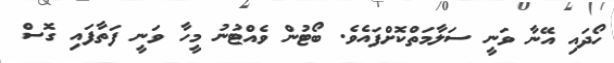
ހޯދައި އޭނާ ވަނީ ސަލާމަތްކޮށްފައެވެ. ބޯޓުން ވެއްޓުނު މީހާ ވަނީ ފަތާފައި ގޮސް